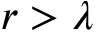
r > \lambda